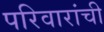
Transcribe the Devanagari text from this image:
परिवारांची